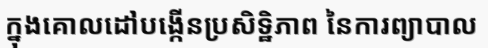
ក្នុងគោលដៅបង្កើនប្រសិទ្ឋិភាព នៃការព្យាបាល